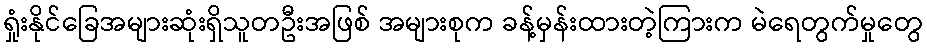
ရှုံးနိုင်ခြေအများဆုံးရှိသူတဦးအဖြစ် အများစုက ခန့်မှန်းထားတဲ့ကြားက မဲရေတွက်မှုတွေ